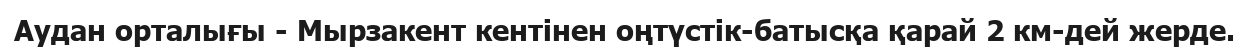
Аудан орталығы - Мырзакент кентінен оңтүстік-батысқа қарай 2 км-дей жерде.